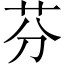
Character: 芬